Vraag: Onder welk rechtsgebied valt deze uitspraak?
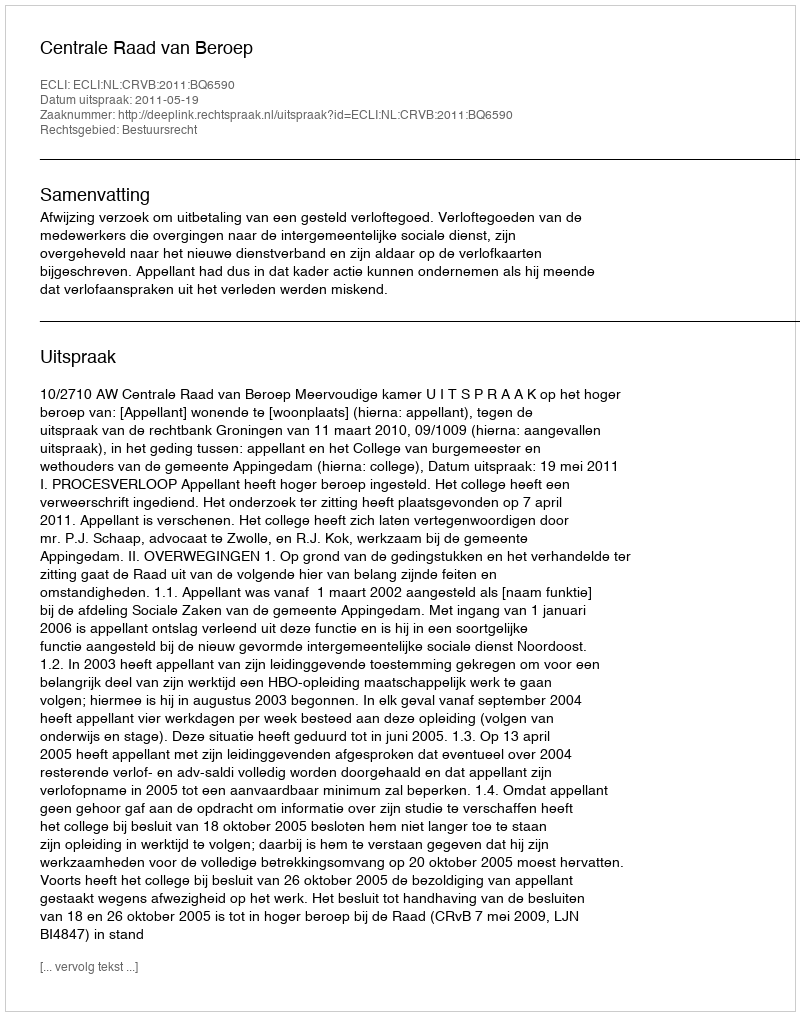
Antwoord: Bestuursrecht